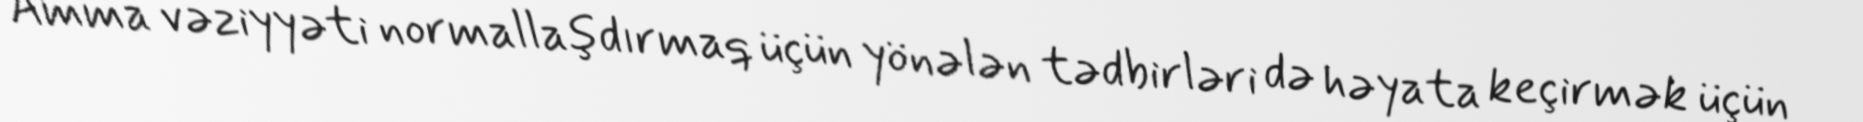
Amma vəziyyəti normallaşdırmaq üçün yönələn tədbirləri də həyata keçirmək üçün